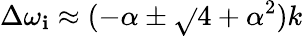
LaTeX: \Delta\omega_{\mathbf{i}}\approx(-\alpha\pm\sqrt{}{{4+\alpha^{2}}})k